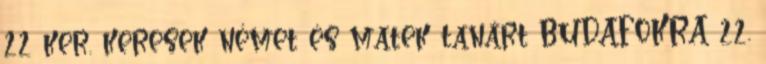
22 ker. keresek német és matek tanárt BUDAFOKRA 22.